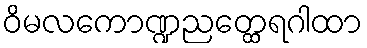
ဝိမလကောဏ္ဍညတ္ထေရဂါထာ